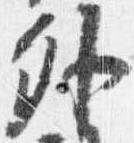
外